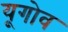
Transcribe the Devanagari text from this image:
यूगोव